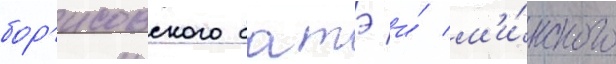
бор'исовского батэ и́ м'и́нского